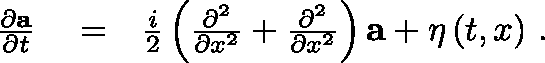
\begin{array} { r l r } { \frac { \partial \mathbf { a } } { \partial t } } & { { } = } & { \frac { i } { 2 } \left( \frac { \partial ^ { 2 } } { \partial x ^ { 2 } } + \frac { \partial ^ { 2 } } { \partial x ^ { 2 } } \right) \mathbf { a } + \mathbf { \eta } \left( t , x \right) \, . } \end{array}